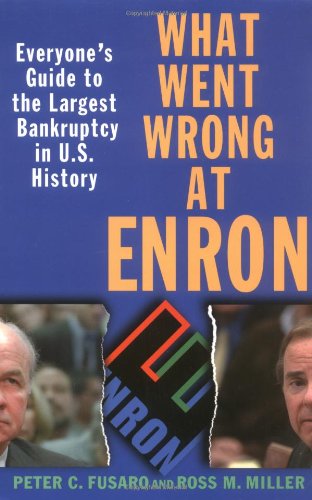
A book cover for What Went Wrong at Enron: Everyone's Guide to the Largest Bankruptcy in U.S. History; Peter C. Fusaro; Law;